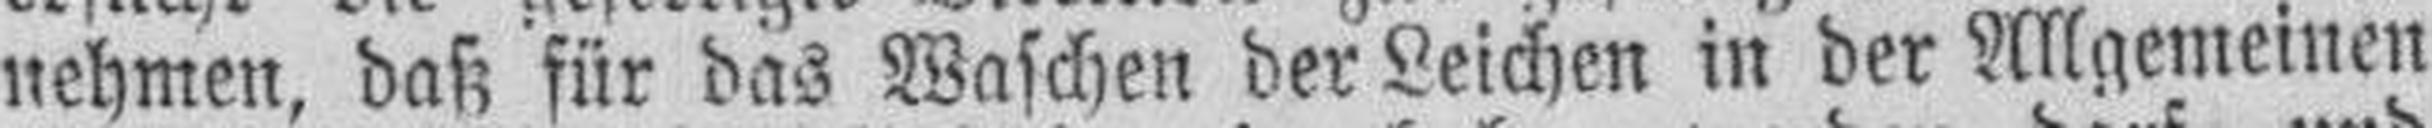
nehmen, daß für das Waschen der Leichen in der Allgemeinen